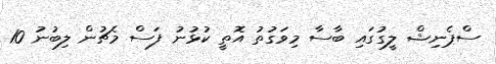
ސްޕެނިޝް ލީގުގައި ބާސާ މިވަގުތު އޮތީ ކުޅުނު ފަސް މެޗުން ލިބުނު 10